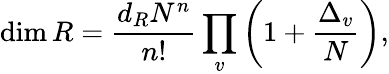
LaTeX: \dim R={\frac{d_{R}N^{n}}{n!}}\prod_{v}\left(1+{\frac{\Delta_{v}}{N}}\right),